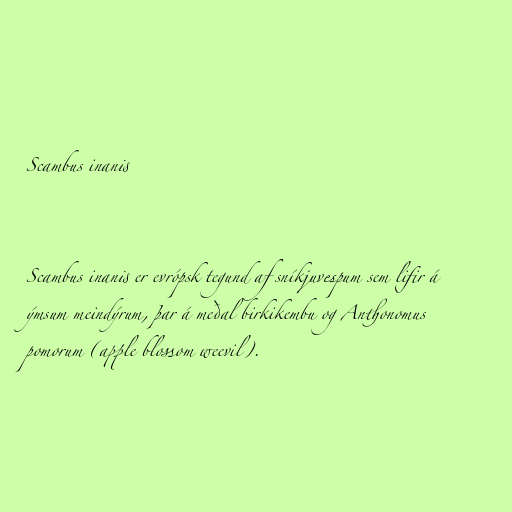
Scambus inanis

Scambus inanis er evrópsk tegund af sníkjuvespum sem lifir á
ýmsum meindýrum, þar á meðal birkikembu og Anthonomus
pomorum (apple blossom weevil).